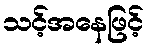
သင့်အနေဖြင့်